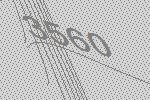
3560